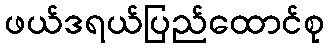
ဖယ်ဒရယ်ပြည်ထောင်စု